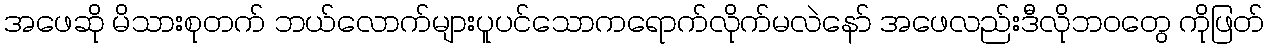
အဖေဆို မိသားစုတက် ဘယ်လောက်များပူပင်သောကရောက်လိုက်မလဲနော် အဖေလည်းဒီလိုဘဝတွေ ကိုဖြတ်